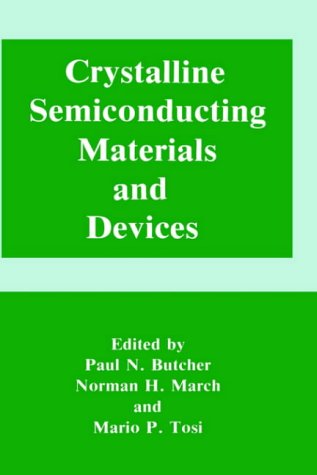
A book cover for Crystalline Semiconducting Materials and Devices (Physics of Solids and Liquids); Science & Math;